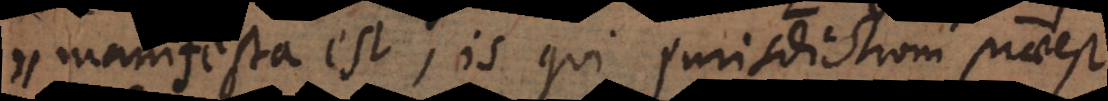
) manifesta est, is qui jurisdictioni praeest